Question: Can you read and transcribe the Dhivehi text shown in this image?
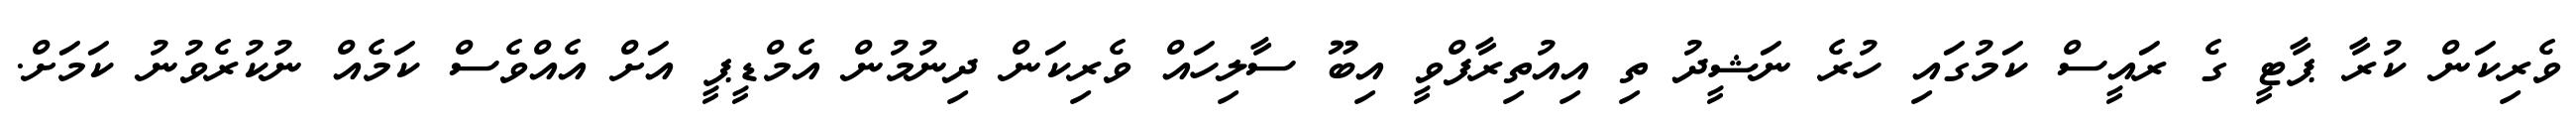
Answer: ވެރިކަން ކުރާ ޕާޓީ ގެ ރައީސް ކަމުގައި ހުރެ ނަޝީދު ތި އިއުތިރާފްވީ އިބޫ ސާލިހައް ވެރިކަން ދިނުމުން އެމްޑީޕީ އަށް އެއްވެސް ކަމެއް ނުކުރެވުނު ކަމަށް.